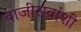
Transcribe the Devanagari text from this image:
बाजीरावांशी